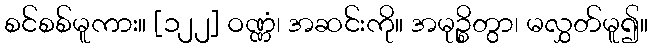
စင်စစ်မူကား။ [၁၂၂] ဝဏ္ဏံ၊ အဆင်းကို။ အမုဉ္စိတွာ၊ မလွှတ်မူ၍။